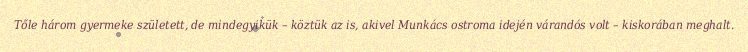
Tőle három gyermeke született, de mindegyikük – köztük az is, akivel Munkács ostroma idején várandós volt – kiskorában meghalt.